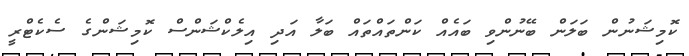
ކޮމިޝަނުން ބަލަން ބޭނުންވި ބައެއް ކަންތައްތައް ބަލާ އަދި އިލެކްޝަންސް ކޮމިޝަންގެ ސެކެޓްރީ